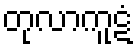
တုလာကူဋံ